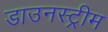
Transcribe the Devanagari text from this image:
डाउनस्‍ट्रीम